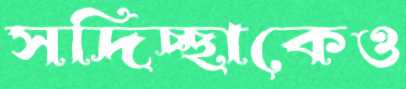
সদিচ্ছাকেও